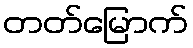
တတ်မြောက်